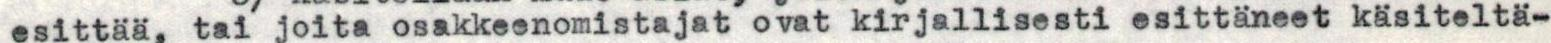
esittää, tai joita osakkeenomistajat ovat kirjallisesti esittäneet käsiteltä-